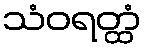
သံဝရတ္ထံ